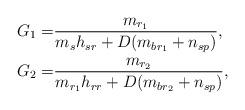
LaTeX: \begin{align*}G_1 =& \frac{m_{r_1}}{m_s h_{sr} + D(m_{br_1}+n_{sp})}, \\G_2 =& \frac{m_{r_2}}{m_{r_1} h_{rr} + D(m_{br_2}+n_{sp})},\end{align*}